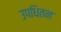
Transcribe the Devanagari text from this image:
उपधितन